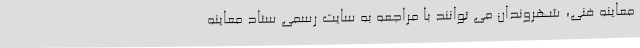
معاینه فنی، شهروندان می توانند با مراجعه به سایت رسمی ستاد معاینه